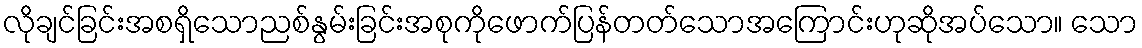
လိုချင်ခြင်းအစရှိသောညစ်နွမ်းခြင်းအစုကိုဖောက်ပြန်တတ်သောအကြောင်းဟုဆိုအပ်သော။ သော